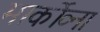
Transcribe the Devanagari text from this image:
मार्कोव्ना